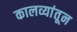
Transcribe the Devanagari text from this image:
कालव्यांतून